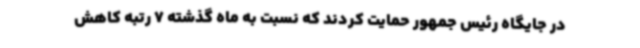
در جایگاه رئیس جمهور حمایت کردند که نسبت به ماه گذشته 7 رتبه کاهش